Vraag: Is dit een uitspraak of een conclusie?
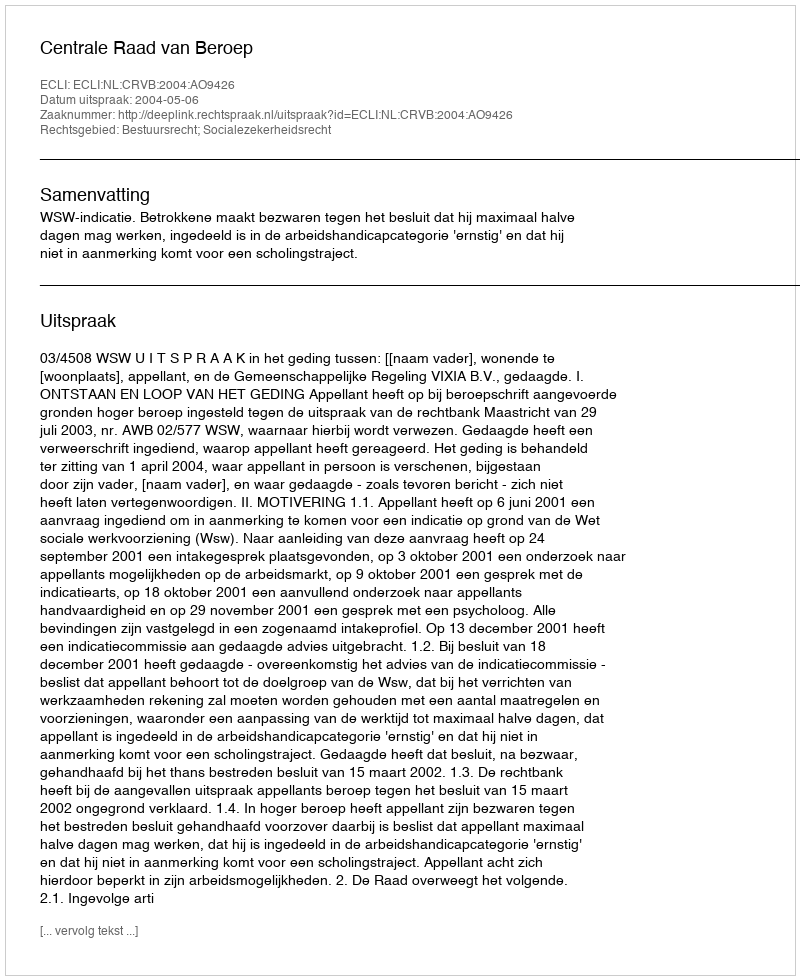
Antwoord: Uitspraak